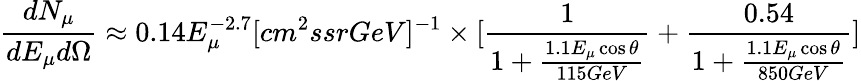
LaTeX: \frac{dN_{\mu}}{dE_{\mu}d\Omega}\approx 0.14E_{\mu}^{-2.7}[cm^{2}ssrGeV]^{-1}\times[\frac{1}{1+\frac{1.1E_{\mu}\cos\theta}{115GeV}}+\frac{0.54}{1+\frac{1.1E_{\mu}\cos\theta}{850GeV}}]